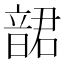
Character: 𩐩